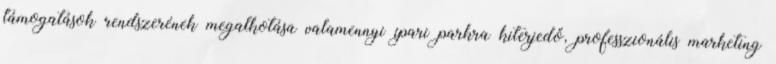
támogatások rendszerének megalkotása valamennyi ipari parkra kiterjedő, professzionális marketing